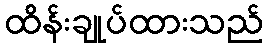
ထိန်းချုပ်ထားသည်